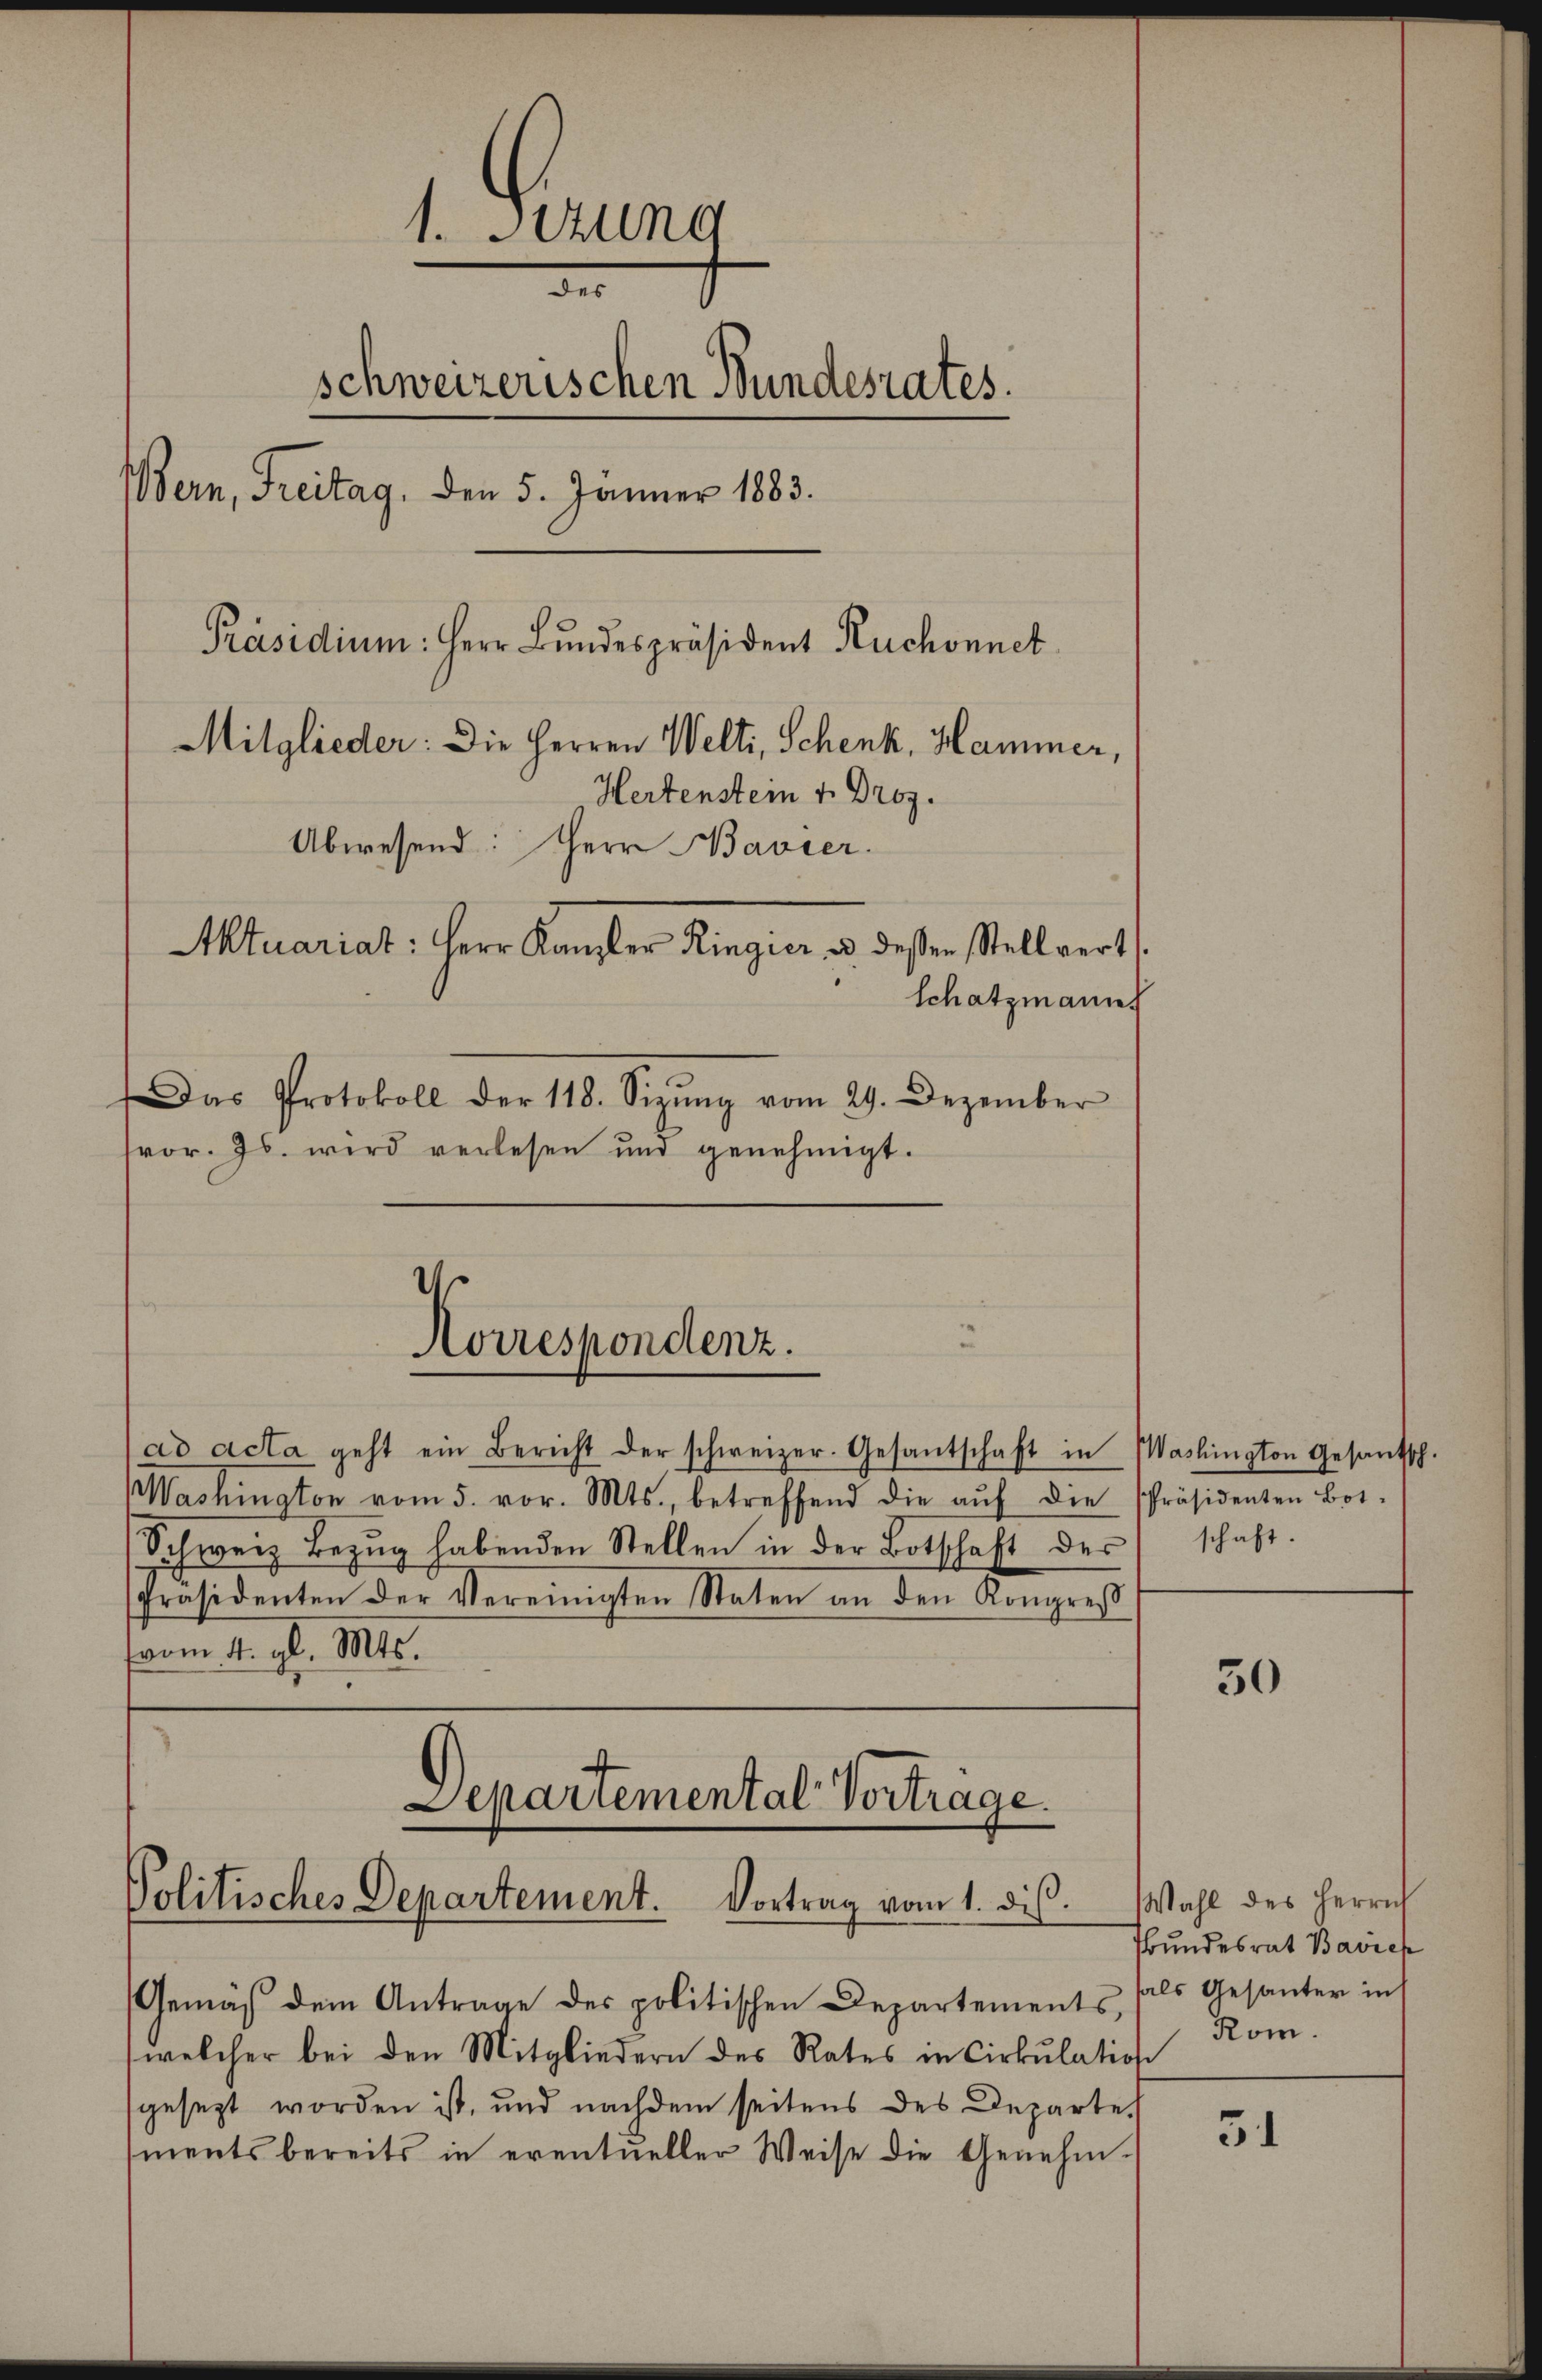
1. Sizung
der
schweizerischen Bundesrates.
Bern, Freitag, den 5. Jänner 1883.
Präsidium: Herr Bundespräsident Ruchonnet
Mitglieder: Die Herren Welti, Schenk, Hammer,
Hertenstein v. Droz.
Abwesend: Herr Bavier.
Atuariat: Herr Kanzler Ringier es dessen Stellvert
Schatzmann
Das Protokoll der 118. Sizung vom 29. Dezember
fvor. Js. wird verlesen und genehmigt.

ad acta geht ein Bericht der schweizer. Gesantschaft in Washington Gesantsch.
Washington vom 5. vor. Mts., betreffend die aŭf die Präsidenten Bot-
Schweiz Bezug habenden Stellen in der Botschaft der schaft.
Präsidenten der Vereinigten Staten an den Kongreß
(vom 4. gl. Mts.

d
Korrespondenz.

Departemental Vorträge.
Politisches Departement. Vortrag vom 1. dis.

Gemäß dem Antrage des politischen Departements, fals Gesanter in
welcher bei den Mitgliedern des Rates in Cirkulation
gesezt worden ist, und nachdem seitens des Departe
ments bereits in eventueller Weise die Genehm¬

30

Wahl des Herrn
bundesrat Bavich
Rom.

31